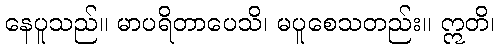
နေပူသည်။ မာပရိတာပေသိ၊ မပူစေသတည်း။ ဣတိ၊